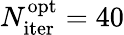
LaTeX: N_{\mathrm{iter}}^{\mathrm{opt}}=40